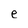
Character: e